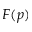
F ( p )